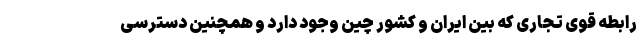
رابطه قوی تجاری که بین ایران و کشور چین وجود دارد و همچنین دسترسی